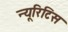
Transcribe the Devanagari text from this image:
न्यूरिटिस